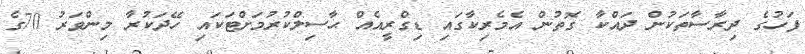
ފަހުގެ ދިރާސާތަކުން ދައްކާ ގޮތުން އެމެރިކާގައި ޑިގްރީއެއް ޙާސިލްކުރުމަށްޓަކައި ހޭދަކުރާ މިންވަރު 70ގެ